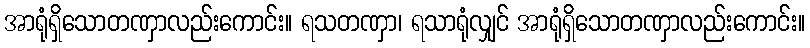
အာရုံရှိသောတဏှာလည်းကောင်း။ ရသတဏှာ၊ ရသာရုံလျှင် အာရုံရှိသောတဏှာလည်းကောင်း။